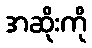
အဆိုးကို